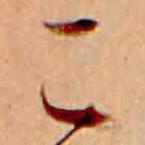
こ